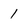
Character: 1